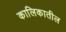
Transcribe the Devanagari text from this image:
कालिकातील